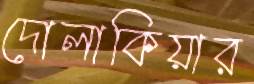
দোলাকিয়ার